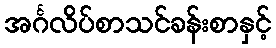
အင်္ဂလိပ်စာသင်ခန်းစာနှင့်